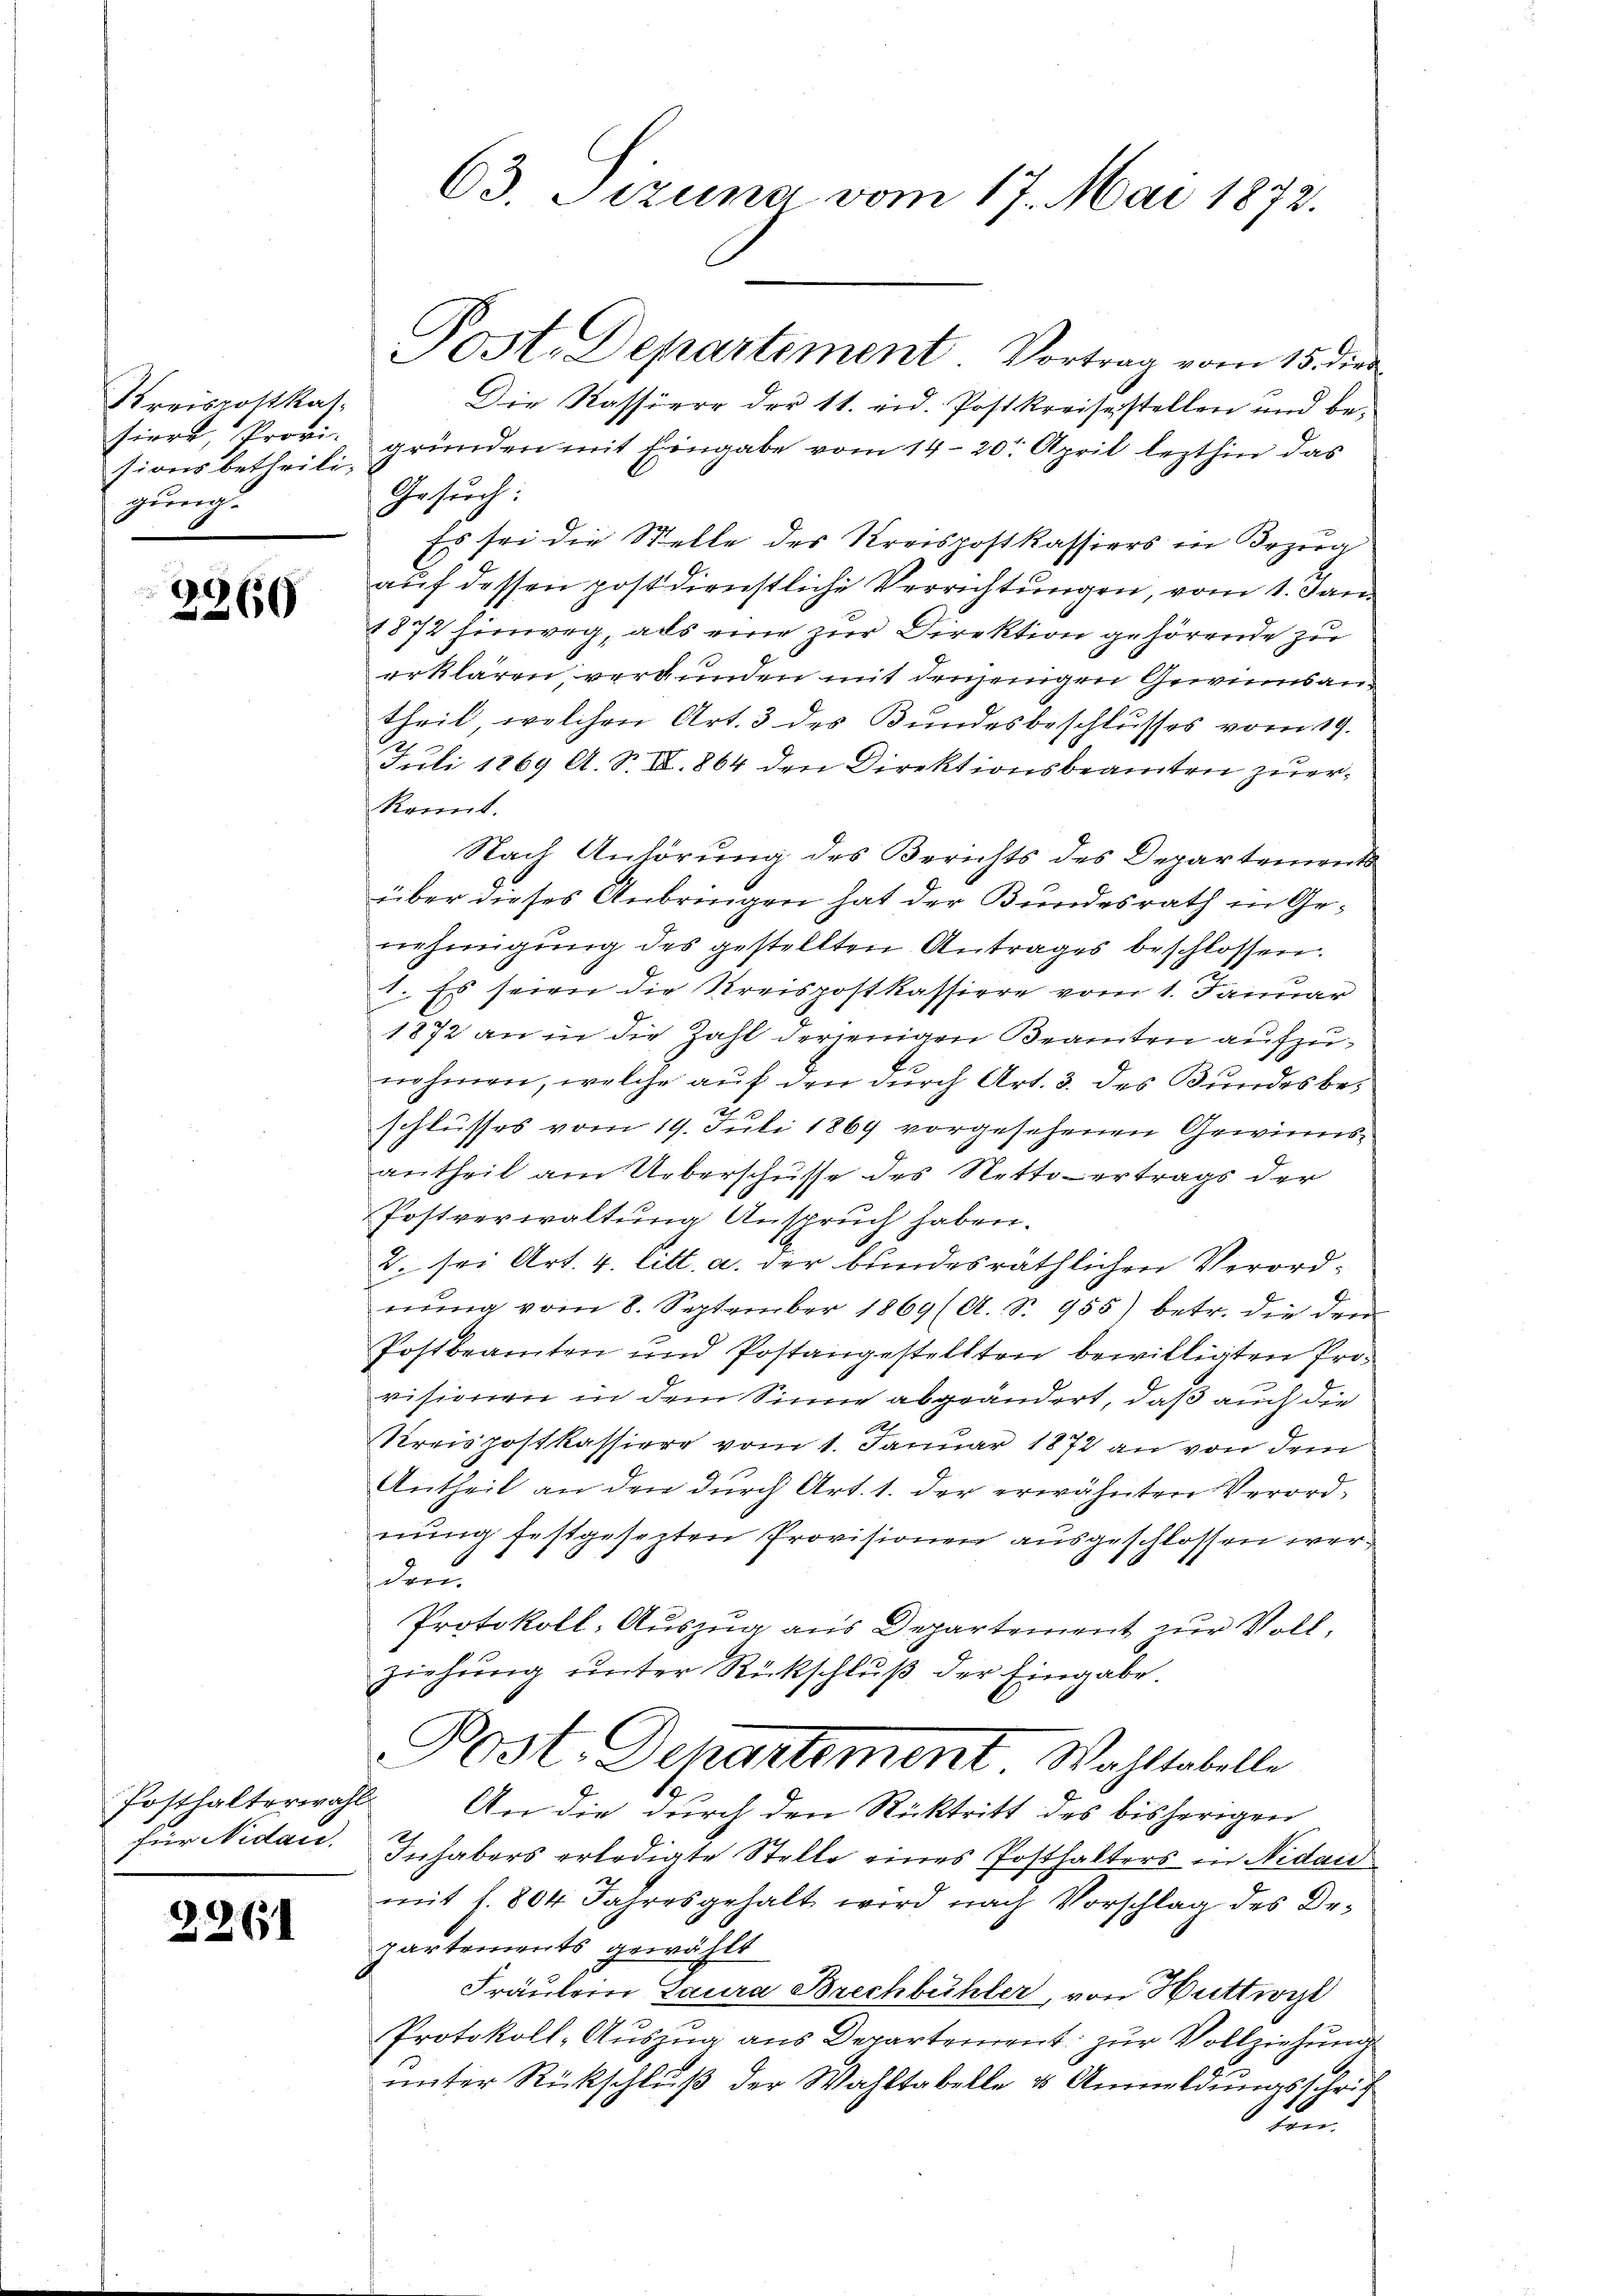
Kreisrottkassiert, Provi-
sionsbetheili-
gung.

2360

Posthalterwah
für Nidau.

2261

63. Sizung vom 17. Mai 1872.

Die Kassiere der 11. eid. Postkreiserstellen und be-
gründen mit Eingabe vom 14. 20. April lezthin das
Gesuch:
Es sei die Stelle des Kreispostkassiers in Bezug
auf dessen postdienstliche Verrichtungen, vom 1. Jan.
1872 hinweg, als eine zur Direktion gehörende zu
erklären verbunden mit denjenigen Gewinnsan
theil, welchen Art. 3 des Bundesbeschlusses vom 19.
Juli 1869 A. S. III. 864 den Direktionsbeamten zuerkonnt.
Nach Anhörung des Berichts des Departements
über dieses Anbringen hat der Bundesrath in Genehmigung des gestellten Antrages beschlossen.
1. Es seien die Kreispostkassiere vom 1. Januar
1872 an in die Zahl derjenigen Beamten aufzunehmen, welche auf den durch Art. 3. des Bundesbeschlusses vom 19. Juli 1869 vorgesehenen Gewinnsantheil am Ueberschüsse des Netto ertrags der
Postverwaltung Anspruch haben.
2. sei Art. 4. litt. a. der bundesräthlichen Verordnŭng vom 8. September 1869 (A. S. 955) betr. die dem
Postbeamten und Postangestellten bewilligten Provisionen in dem Sinne abgeändert, daß auch die
1
Kreispostkassiere vom 1. Januar 1872 an von dem
Antheil an den durch Art. 1. der erwähnten Verordnung festgesezten Provisionen ausgeschlossen werdem
Protokoll, Auszug aus Departement zur Vollziehŭng ŭnter Rückschlŭβ der Eingabe.
Post. Departement Wahltabelle
2. An die durch den Rücktritt des bisherigen
Inhabers erledigte Stelle eines Posthalters in Nidand
mit 1. 804 Jahresgehalt wird nach Vorschlag des Dr.
partements gewählt
Fräntem Laura Brechbühler, von Huttwyl
Protokoll-Auszug aus Departement zur Vollziehung
8
unter Rückschluß der Wahltabelle 3 Anmeldungsschrif
n

Post. Departement Vortrag vom 15. die